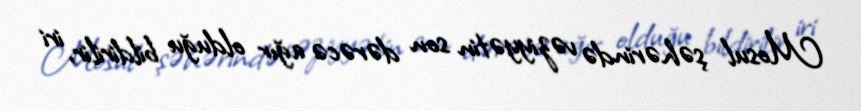
Mosul şəhərində vəziyyətin son dərəcə ağır olduğu bildirilir, iri